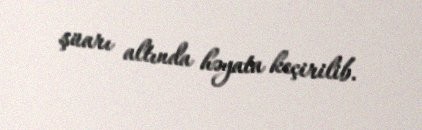
şüarı altında həyata keçirilib.